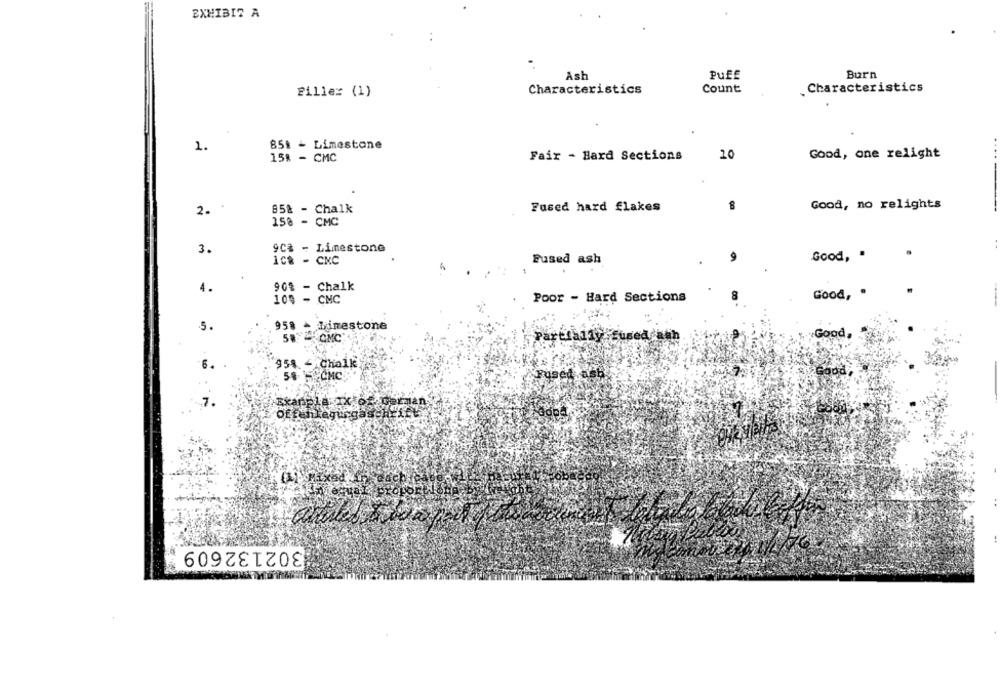
EXHIBIT A
Ash
PUEE
Burn
Characteristics
Count
.Characteristics
Fillex (1)
851 - Limestone
2.
15% - CMC
Fair - Hard Sections
10
Good, one relight
85% - Chalk
Fused hard flakes
Good, no relights
2.
150 - CMC
3.
9Cs - Limestone
1C& - CNC
Fused ash
Good, .
4.
90% - Chalk
Poor - Hard Sections
Good, .
100 - CMC
958 - Limestone
5.
58 CMC
Partially Sused anh
Good,
6.
958. - Chalk
Fused as
offenlegungaschrift
302132609